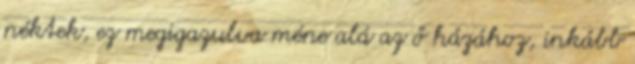
néktek, ez megigazulva méne alá az ő házához, inkább